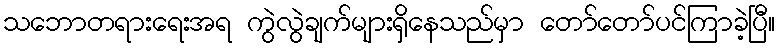
သဘောတရားရေးအရ ကွဲလွဲချက်များရှိနေသည်မှာ တော်တော်ပင်ကြာခဲ့ပြီ။